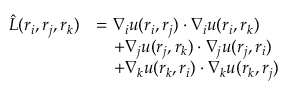
\begin{array} { r l } { \hat { L } ( \boldsymbol { r } _ { i } , \boldsymbol { r } _ { j } , \boldsymbol { r } _ { k } ) } & { = \boldsymbol { \nabla } _ { i } u ( \boldsymbol { r } _ { i } , \boldsymbol { r } _ { j } ) \cdot \boldsymbol { \nabla } _ { i } u ( \boldsymbol { r } _ { i } , \boldsymbol { r } _ { k } ) } \\ & { \quad + \boldsymbol { \nabla } _ { j } u ( \boldsymbol { r } _ { j } , \boldsymbol { r } _ { k } ) \cdot \boldsymbol { \nabla } _ { j } u ( \boldsymbol { r } _ { j } , \boldsymbol { r } _ { i } ) } \\ & { \quad + \boldsymbol { \nabla } _ { k } u ( \boldsymbol { r } _ { k } , \boldsymbol { r } _ { i } ) \cdot \boldsymbol { \nabla } _ { k } u ( \boldsymbol { r } _ { k } , \boldsymbol { r } _ { j } ) } \end{array}